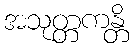
အသုတ္တကန္တိ